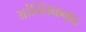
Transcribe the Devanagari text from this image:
आंग्लिकवाद